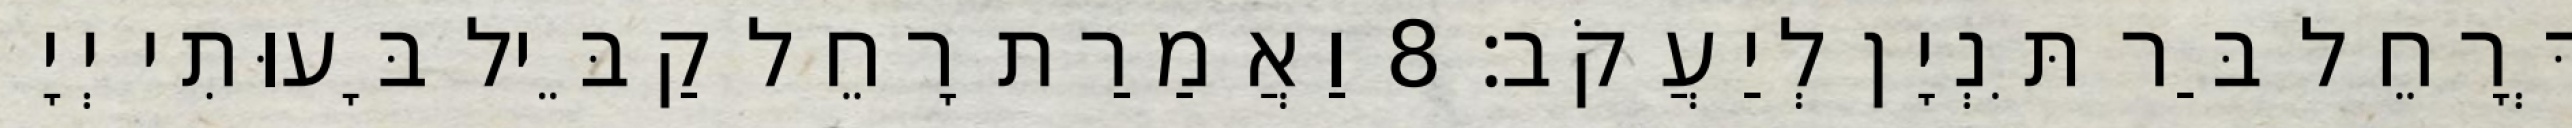
דְּרָחֵל בַּר תִּנְיָן לְיַעֲקֹב׃ 8 וַאֲמַרַת רָחֵל קַבֵּיל בָּעוּתִי יְיָ